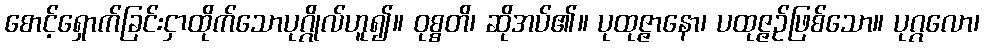
စောင့်ရှောက်ခြင်းငှာထိုက်သောပုဂ္ဂိုလ်ဟူ၍။ ဝုစ္စတိ၊ ဆိုအပ်၏။ ပုထုဇ္ဇာနော၊ ပထုဇ္ဇဉ်ဖြစ်သော။ ပုဂ္ဂလော၊